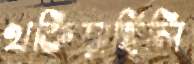
থকিয়াছিলি